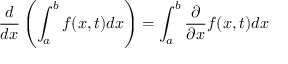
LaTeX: { \frac { d } { d x } } \left( \int _ { a } ^ { b } f ( x , t ) d x \right) = \int _ { a } ^ { b } { \frac { \partial } { \partial x } } f ( x , t ) d x